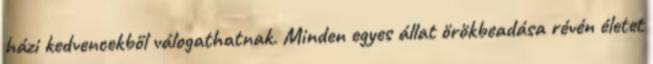
házi kedvencekből válogathatnak. Minden egyes állat örökbeadása révén életet